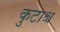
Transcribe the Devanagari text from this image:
कुटाश्च